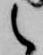
之